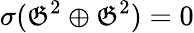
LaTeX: \sigma({\mathfrak{G}}^{2}\oplus{\mathfrak{G}}^{2})=0